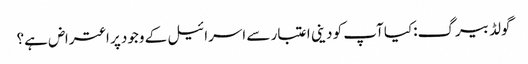
گولڈ بیرگ:کیا آپ کو دینی اعتبار سے اسرائیل کے وجود پر اعتراض ہے؟